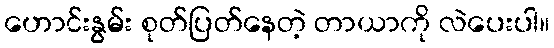
ဟောင်းနွမ်း စုတ်ပြတ်နေတဲ့ တာယာကို လဲပေးပါ။